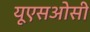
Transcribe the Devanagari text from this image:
यूएसओसी